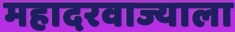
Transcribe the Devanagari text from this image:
महादरवाज्याला